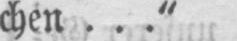
chen...“